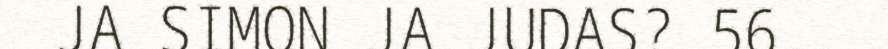
JA SIMON JA JUDAS? 56.